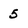
Character: 5